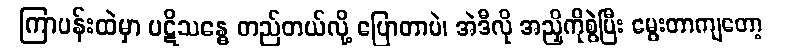
ကြာပန်းထဲမှာ ပဋိသန္ဓေ တည်တယ်လို့ ပြောတာပဲ၊ အဲဒီလို အညှိကိုစွဲပြီး မွေးတာကျတော့